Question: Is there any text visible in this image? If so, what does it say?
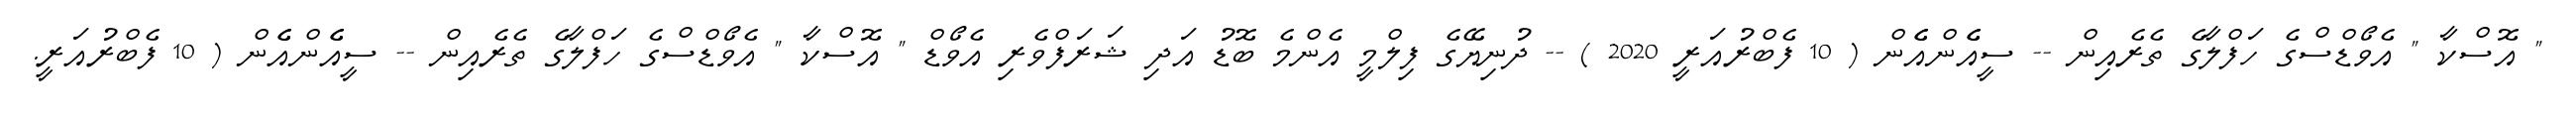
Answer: " އޮސްކާ " އެވޯޑްސްގެ ހަފްލާގެ ތެރެއިން -- ސީއެެންއެެން ( 10 ފެބްރުއަރީ 2020 ) -- ދުނިޔޭގެ ފިލްމީ އެންމެ ބޮޑު އަދި ޝަރަފްވެރި އެވޯޑް " އޮސްކާ " އެވޯޑްސްގެ ހަފްލާގެ ތެރެއިން -- ސީއެެންއެެން ( 10 ފެބްރުއަރީ.